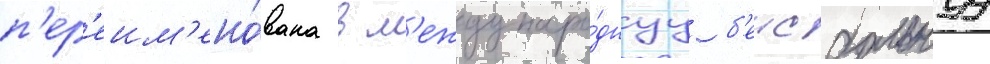
п'ер'еим'ено́вана в м'еждунаро́днуу б'еисбольнуу